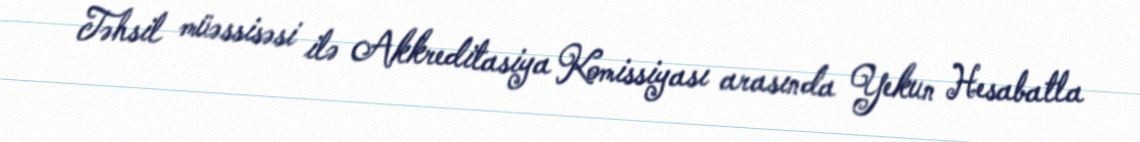
Təhsil müəssisəsi ilə Akkreditasiya Komissiyası arasında Yekun Hesabatla